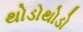
થોડોથોડો